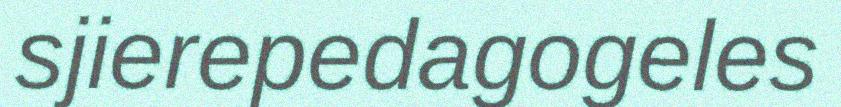
sjierepedagogeles